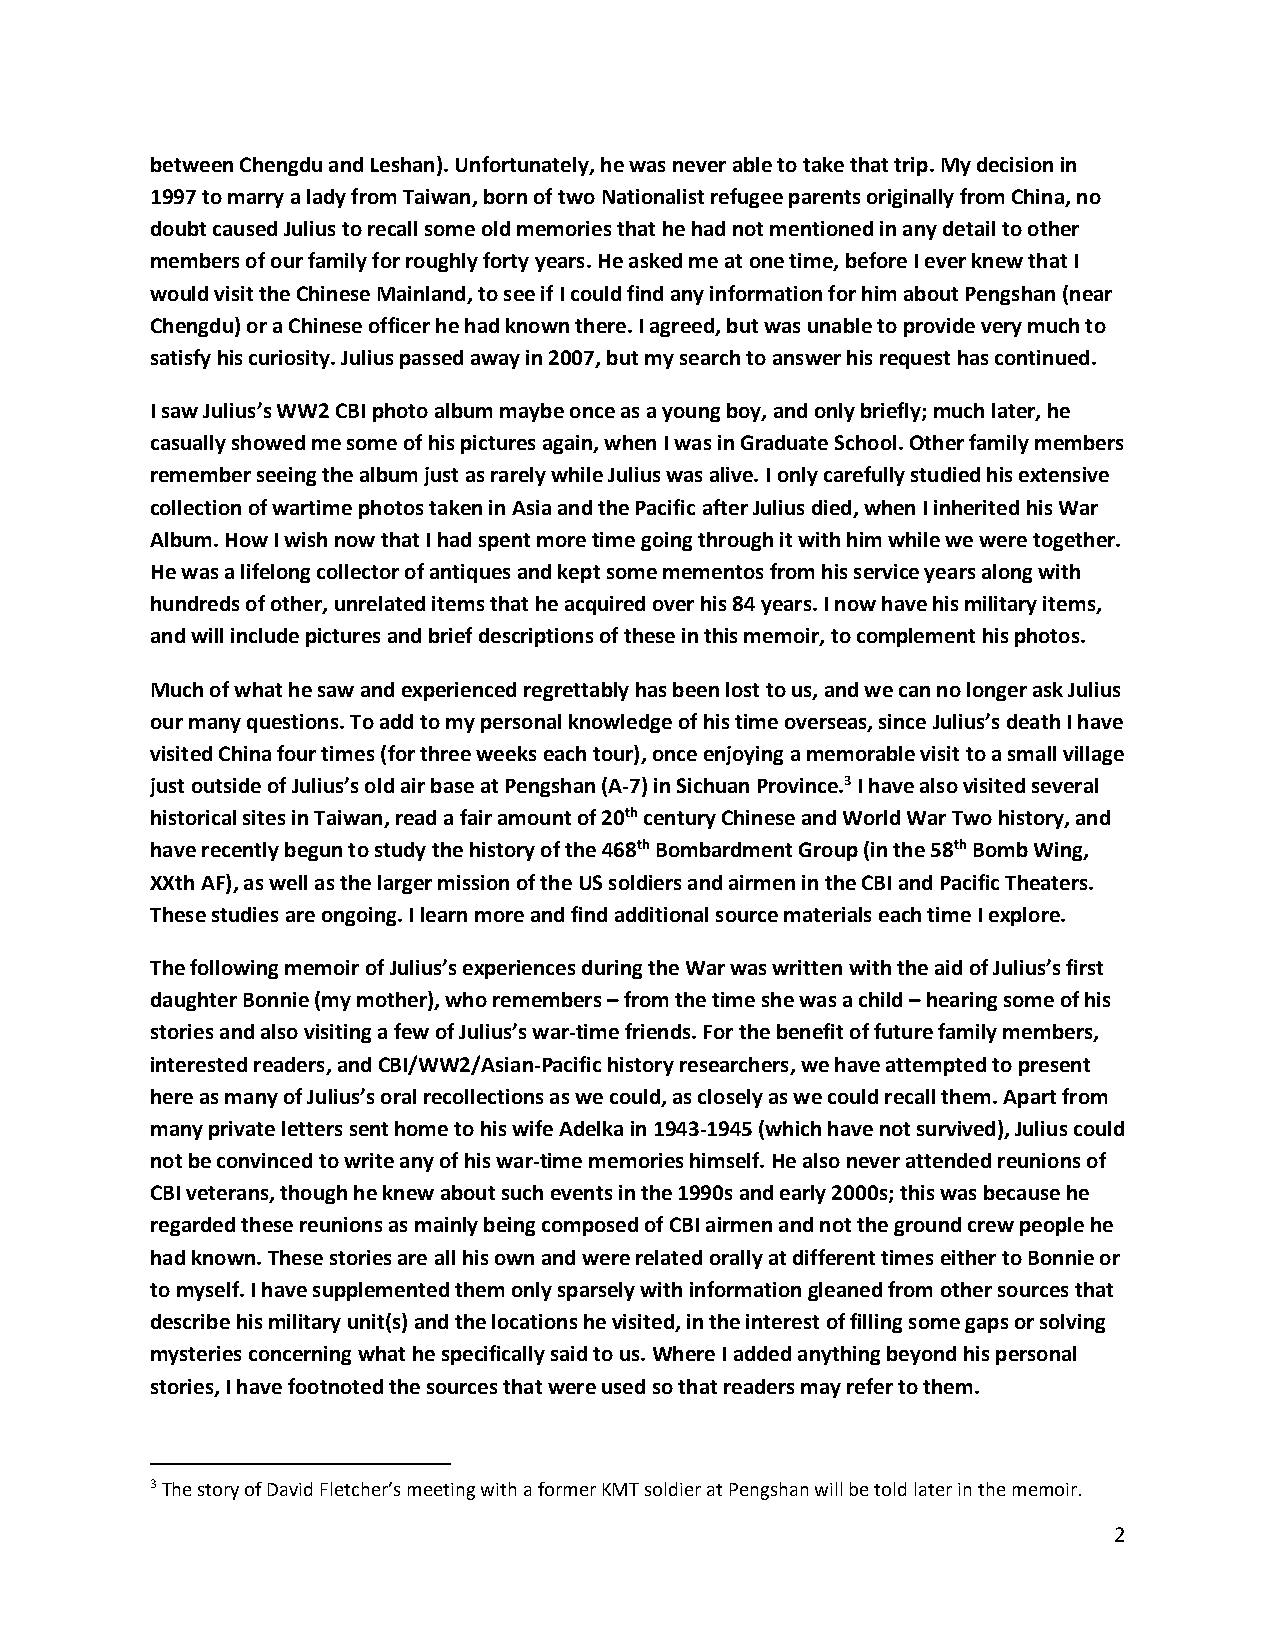
between Chengdu and Leshan). Unfortunately, he was never able to take that trip. My decision in
 1997 to marry a lady from Taiwan, born of two Nationalist refugee parents originally from China, no
 doubt caused Julius to recall some old memories that he had not mentioned in any detail to other
 members of our family for roughly forty years. He asked me at one time, before I ever knew that I
 would visit the Chinese Mainland, to see if I could find any information for him about Pengshan (near
 Chengdu) or a Chinese officer he had known there. I agreed, but was unable to provide very much to
 satisfy his curiosity. Julius passed away in 2007, but my search to answer his request has continued.
 I saw Julius’s WW2 CBI photo album maybe once as a young boy, and only briefly; much later, he
 casually showed me some of his pictures again, when I was in Graduate School. Other family members
 remember seeing the album just as rarely while Julius was alive. I only carefully studied his extensive
 collection of wartime photos taken in Asia and the Pacific after Julius died, when I inherited his War
 Album. How I wish now that I had spent more time going through it with him while we were together.
 He was a lifelong collector of antiques and kept some mementos from his service years along with
 hundreds of other, unrelated items that he acquired over his 84 years. I now have his military items,
 and will include pictures and brief descriptions of these in this memoir, to complement his photos.
 Much of what he saw and experienced regrettably has been lost to us, and we can no longer ask Julius
 our many questions. To add to my personal knowledge of his time overseas, since Julius’s death I have
 visited China four times (for three weeks each tour), once enjoying a memorable visit to a small village
 just outside of Julius’s old air base at Pengshan (A-7) in Sichuan Province.3 I have also visited several
 historical sites in Taiwan, read a fair amount of 20th century Chinese and World War Two history, and
 have recently begun to study the history of the 468th Bombardment Group (in the 58th Bomb Wing,
 XXth AF), as well as the larger mission of the US soldiers and airmen in the CBI and Pacific Theaters.
 These studies are ongoing. I learn more and find additional source materials each time I explore.
 The following memoir of Julius’s experiences during the War was written with the aid of Julius’s first
 daughter Bonnie (my mother), who remembers – from the time she was a child – hearing some of his
 stories and also visiting a few of Julius’s war-time friends. For the benefit of future family members,
 interested readers, and CBI/WW2/Asian-Pacific history researchers, we have attempted to present
 here as many of Julius’s oral recollections as we could, as closely as we could recall them. Apart from
 many private letters sent home to his wife Adelka in 1943-1945 (which have not survived), Julius could
 not be convinced to write any of his war-time memories himself. He also never attended reunions of
 CBI veterans, though he knew about such events in the 1990s and early 2000s; this was because he
 regarded these reunions as mainly being composed of CBI airmen and not the ground crew people he
 had known. These stories are all his own and were related orally at different times either to Bonnie or
 to myself. I have supplemented them only sparsely with information gleaned from other sources that
 describe his military unit(s) and the locations he visited, in the interest of filling some gaps or solving
 mysteries concerning what he specifically said to us. Where I added anything beyond his personal
 stories, I have footnoted the sources that were used so that readers may refer to them.
 3 The story of David Fletcher’s meeting with a former KMT soldier at Pengshan will be told later in the memoir.
 2